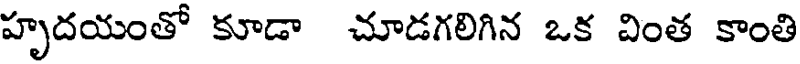
హృదయంతో కూడా చూడగలిగిన ఒక వింత కాంతి